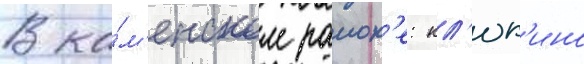
В ка́м'енском раион'е: кл'юк'ино